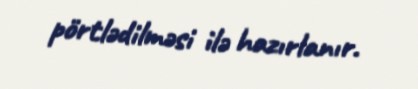
pörtlədilməsi ilə hazırlanır.